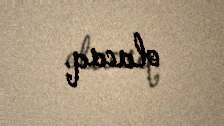
olacaq.